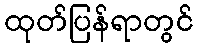
ထုတ်ပြန်ရာတွင်